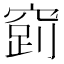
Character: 𮄉